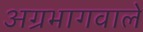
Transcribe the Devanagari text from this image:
अग्रभागवाले